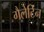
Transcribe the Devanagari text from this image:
गैलेटिन